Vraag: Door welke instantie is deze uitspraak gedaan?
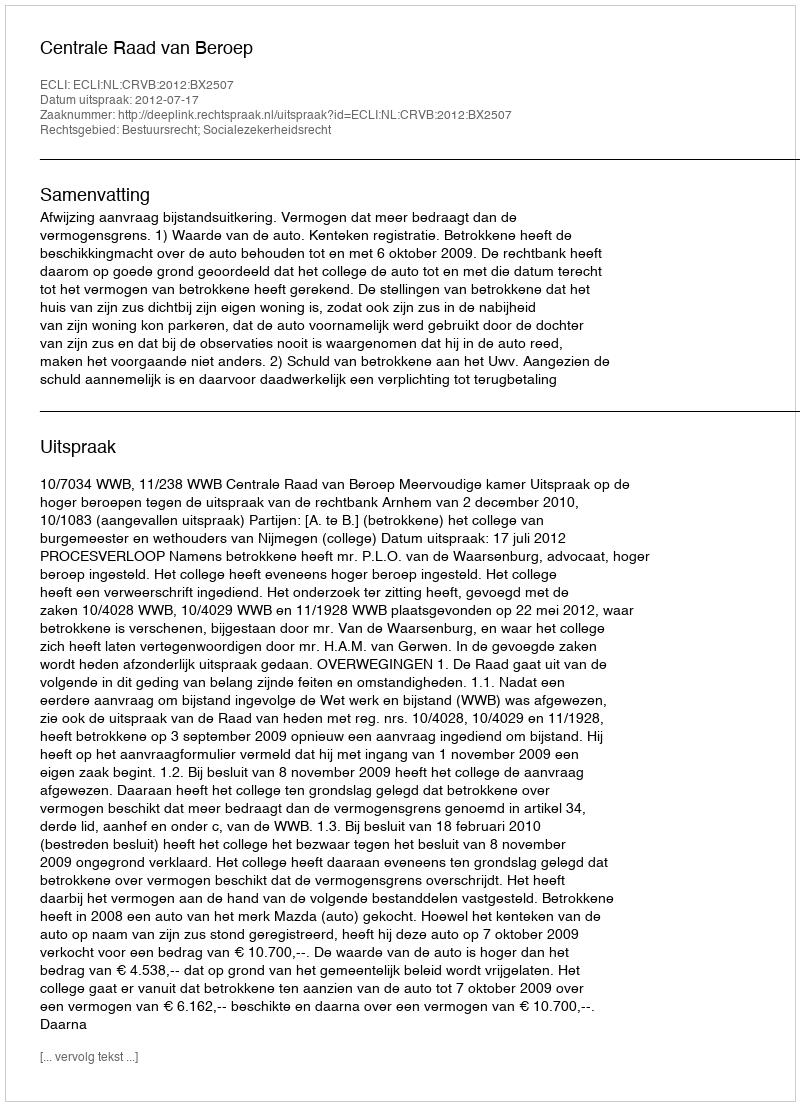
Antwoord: Centrale Raad van Beroep